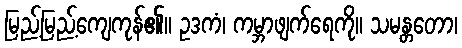
မြည့်မြည့်ကျေကုန်၏။ ဥဒကံ၊ ကမ္ဘာဖျက်ရေကို။ သမန္တတော၊